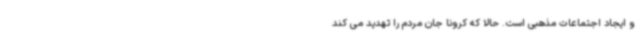
و ایجاد اجتماعات مذهبی است. حالا که کرونا جان مردم را تهدید می کند